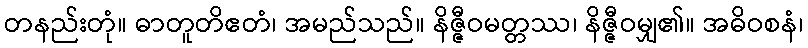
တနည်းတုံ။ ဓာတူတိဧတံ၊ အမည်သည်။ နိဇ္ဇီဝမတ္တဿ၊ နိဇ္ဇီဝမျှ၏။ အဓိဝစနံ၊